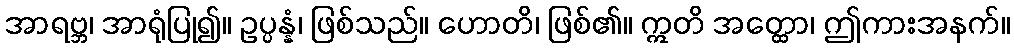
အာရဗ္ဘ၊ အာရုံပြု၍။ ဥပ္ပန္နံ၊ ဖြစ်သည်။ ဟောတိ၊ ဖြစ်၏။ ဣတိ အတ္ထော၊ ဤကားအနက်။